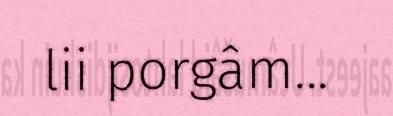
lii porgâm...